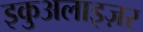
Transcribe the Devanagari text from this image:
इकुअलाइज़र